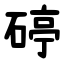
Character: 碠